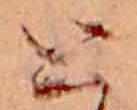
と